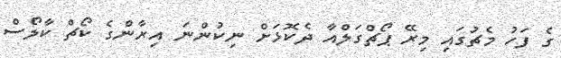
ގެ ފަހު މެޗުގައި މިރޭ ޕޯޗްގަލްއާ ދެކޮޅަށް ނިކުންނަ އިރާންގެ ކޯޗް ކާލޯސް